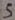
Text: S